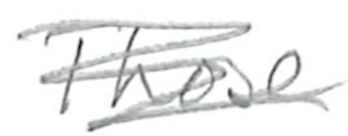
Text: Those
Cross-out: scratch
Writing tool: pencil